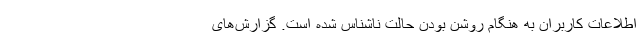
اطلاعات کاربران به هنگام روشن بودن حالت ناشناس شده است. گزارش‌‌های